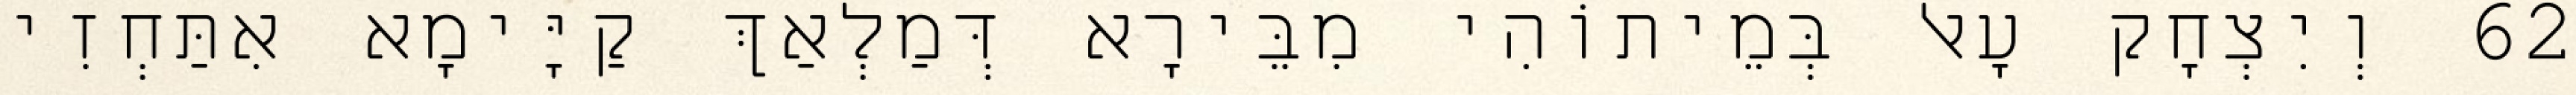
62 וְיִצְחָק עָאל בְּמֵיתוֹהִי מִבֵּירָא דְּמַלְאַךְ קַיָּימָא אִתַּחְזִי